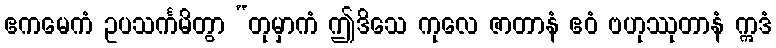
ဧကမေကံ ဥပသင်္ကမိတွာ “တုမှာကံ ဤဒိသေ ကုလေ ဇာတာနံ ဧဝံ ဗဟုဿုတာနံ ဣဒံ